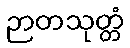
ဉာတသုတ္တံ